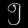
Digit: ၅